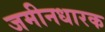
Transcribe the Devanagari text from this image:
जमीनधारक